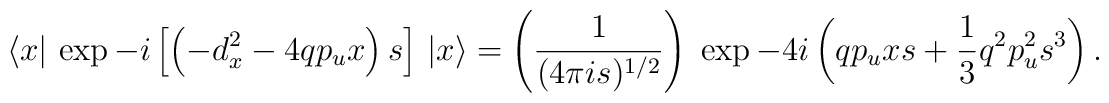
\big\langle x\big\vert\, \exp -i\left[\left(-d_{x}^2-4q p_u x\right)s\right]\, \big \vert x\big\rangle= \left({1 \over {(4\pi is)^{1/2}}}\right)\;\exp -4i\left(q p_u xs + {1 \over 3} q^2 p_u^2 s^3\right).